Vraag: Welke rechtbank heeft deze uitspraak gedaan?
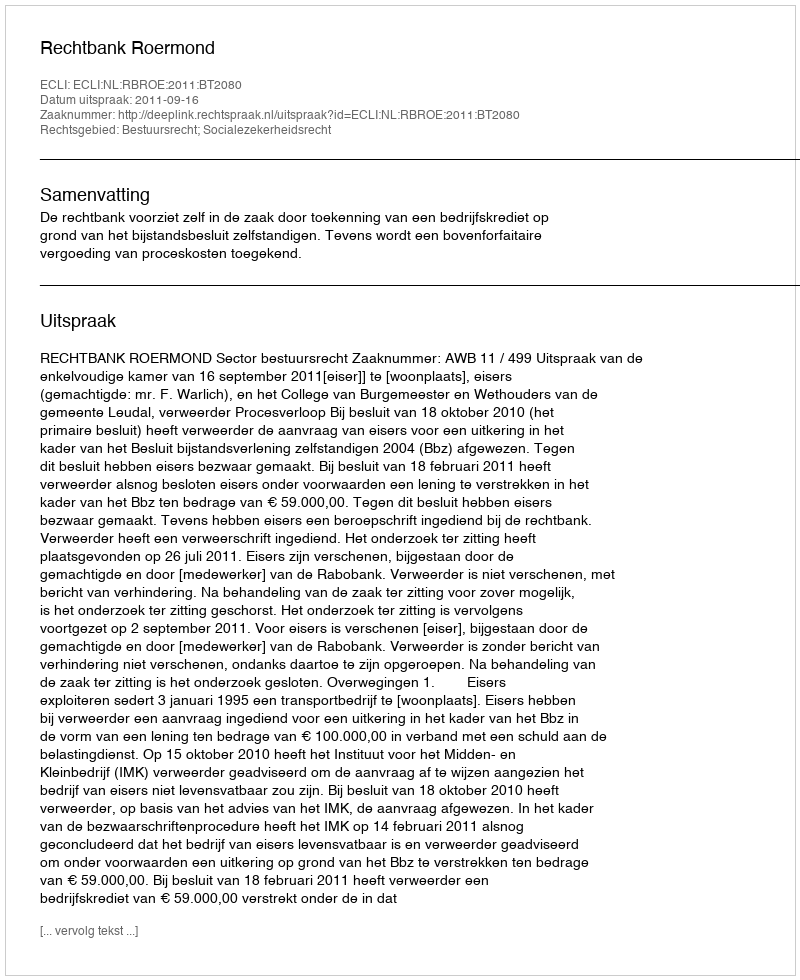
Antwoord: Rechtbank Roermond